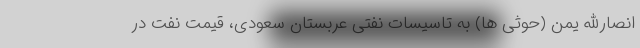
انصارالله یمن (حوثی ها) به تاسیسات نفتی عربستان سعودی، قیمت نفت در